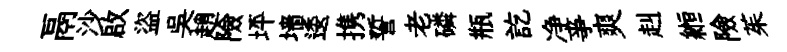
鬲沙啟盜吳趙險坪墙逶携誓老磷瓶訖净亊爽赳縆險茱